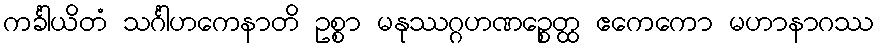
ကင်္ခါယိတံ သင်္ဂါဟကေနာတိ ဥစ္စာ မနုဿဂ္ဂဟဏဉ္စေတ္ထ ဧကေကော မဟာနာဂဿ